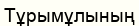
Тұрымұлының